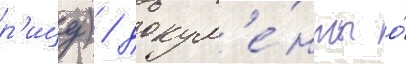
р'ицу) / докум'е́нты о́